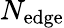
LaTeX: N_{\mathrm{edge}}